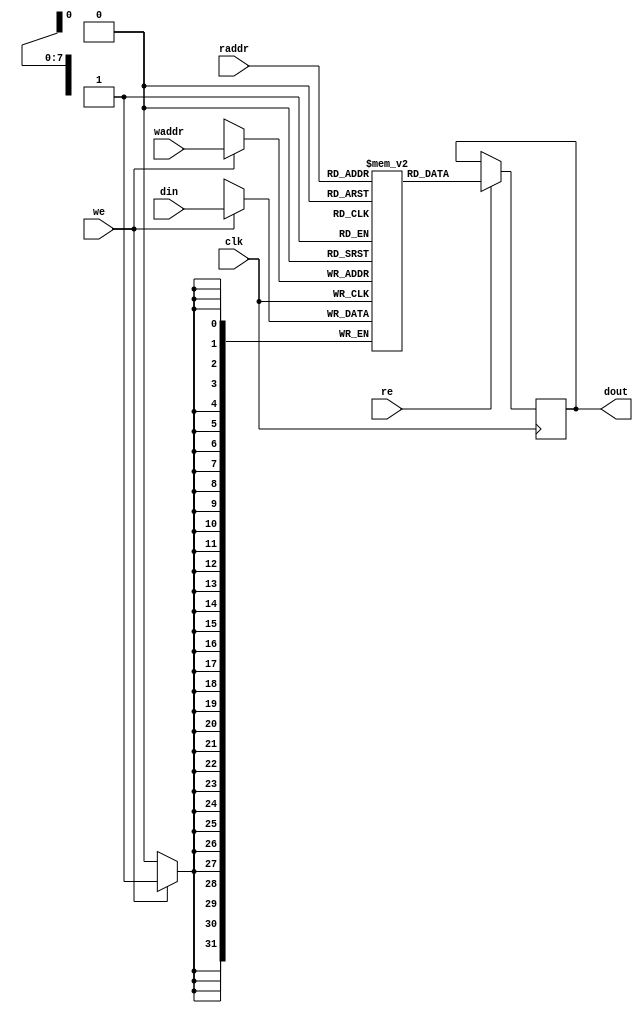
module spl_sdp_mem #(
    parameter DATA_WIDTH = 32,
    parameter ADDR_WIDTH = 8
) (
    input  wire                     clk,
    input  wire                     we,
	input  wire                     re,  
    input  wire [ADDR_WIDTH-1:0]    raddr,
    input  wire [ADDR_WIDTH-1:0]    waddr,  
    input  wire [DATA_WIDTH-1:0]    din,
    output reg  [DATA_WIDTH-1:0]    dout
);


`ifdef VENDOR_XILINX
    (* ram_extract = "yes", ram_style = "block" *)
    reg  [DATA_WIDTH-1:0]         mem[0:2**ADDR_WIDTH-1];
`else
(* ramstyle = "no_rw_check" *) reg  [DATA_WIDTH-1:0] mem[0:2**ADDR_WIDTH-1];
`endif


    always @(posedge clk) begin
        if (we)
            mem[waddr] <= din;
			
        if (re)
			dout <= mem[raddr];
    end
			
endmodule